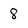
Character: 8